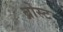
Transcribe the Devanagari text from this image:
ब्रोस्ट